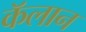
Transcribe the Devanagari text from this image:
कॅलान